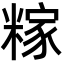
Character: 糘